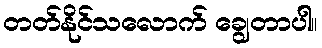
တတ်နိုင်သလောက် ချွေတာပါ။